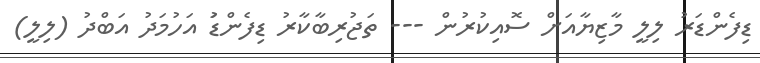
ޑިފެންޑަރު ލިލީ މާޒިޔާއަށް ސޮއިކުރުން --- ތަޖުރިބާކާރު ޑިފެންޑަު އަހުމަދު އަބްދު (ލިލީ)